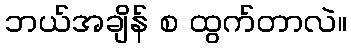
ဘယ်အချိန် စ ထွက်တာလဲ။